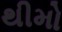
થીમો